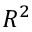
R ^ { 2 }